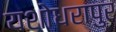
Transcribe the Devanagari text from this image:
यशोधरापुर